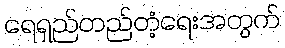
ရေရှည်တည်တံ့ရေးအတွက်